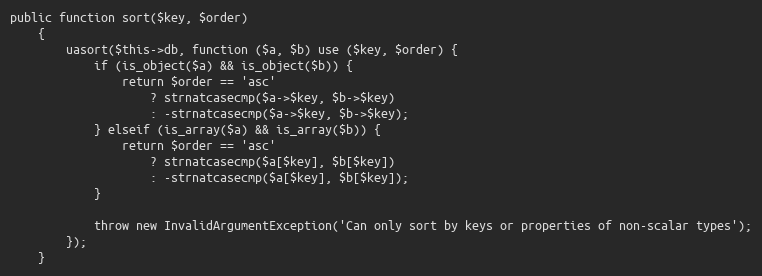
Language: PHP
public function sort($key, $order)
    {
        uasort($this->db, function ($a, $b) use ($key, $order) {
            if (is_object($a) && is_object($b)) {
                return $order == 'asc'
                    ? strnatcasecmp($a->$key, $b->$key)
                    : -strnatcasecmp($a->$key, $b->$key);
            } elseif (is_array($a) && is_array($b)) {
                return $order == 'asc'
                    ? strnatcasecmp($a[$key], $b[$key])
                    : -strnatcasecmp($a[$key], $b[$key]);
            }

            throw new InvalidArgumentException('Can only sort by keys or properties of non-scalar types');
        });
    }